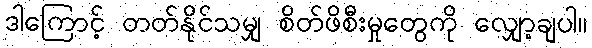
ဒါကြောင့် တတ်နိုင်သမျှ စိတ်ဖိစီးမှုတွေကို လျှော့ချပါ။